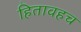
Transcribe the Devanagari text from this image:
हितावहच